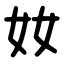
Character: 奻